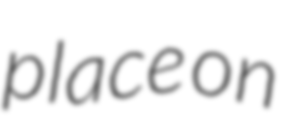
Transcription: place on